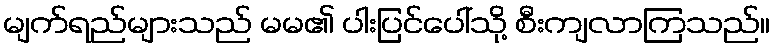
မျက်ရည်များသည် မမ၏ ပါးပြင်ပေါ်သို့ စီးကျလာကြသည်။